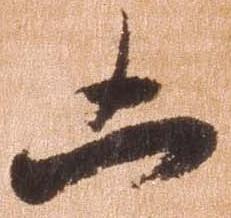
凶